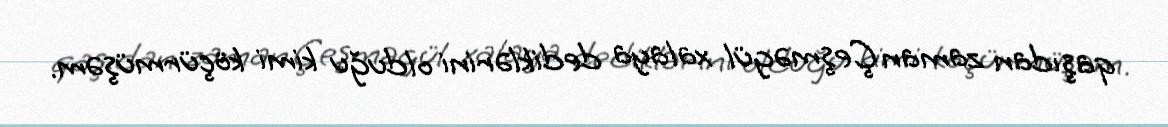
qaşıdan zaman Çeşməgül xalaya dediklərini olduğu kimi köçürmüşəm.